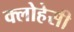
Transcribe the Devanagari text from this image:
क्लोहेसी